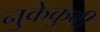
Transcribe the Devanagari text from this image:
नुकेकुबी